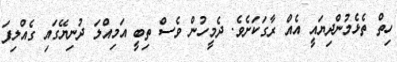
ހިތް ތެޅެމުންދިޔައީ އެއް ރާގަކަށެވެ. ދެމީހުން ވެސް ތިބީ އަމިއްލަ ދުނިޔޭގައި ގެއްލިފަ